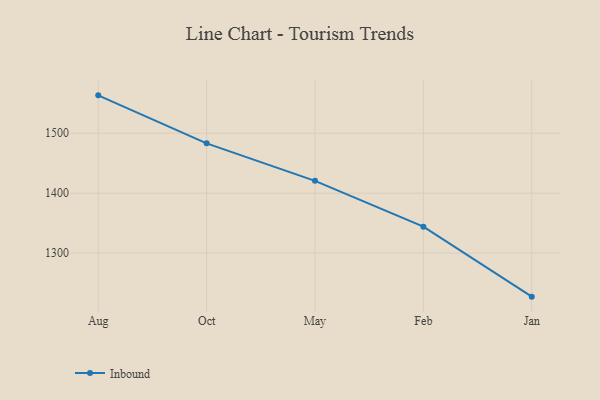
{"axis": {"x": "Month", "y": "Customer Acquisition Cost (USD)"}, "legend": ["Inbound"], "data": [{"x": "Aug", "y": 1563.2, "type": "Inbound"}, {"x": "Oct", "y": 1483.1, "type": "Inbound"}, {"x": "May", "y": 1420.6, "type": "Inbound"}, {"x": "Feb", "y": 1344.2, "type": "Inbound"}, {"x": "Jan", "y": 1227.4, "type": "Inbound"}]}